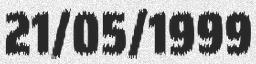
21/05/1999